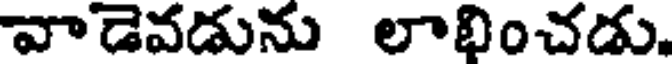
వాడెవడును లాభించడు.